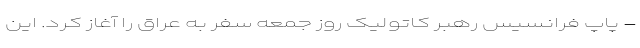
- پاپ فرانسیس رهبر کاتولیک روز جمعه سفر به عراق را آغاز کرد. این